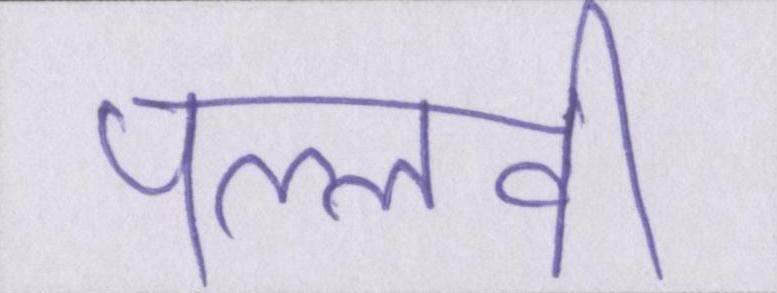
पल्लवी